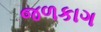
જળકાગ